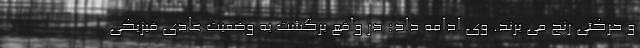
و حرکتی رنج می برند. وی ادامه داد: در واقع برگشت به وضعیت عادی فیزیکی